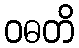
ဝဓတိ